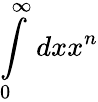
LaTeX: \int\limits_{0}^{\infty}dxx^{n}